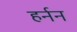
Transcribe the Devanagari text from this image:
हर्नन